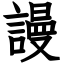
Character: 謾